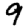
Digit: 9